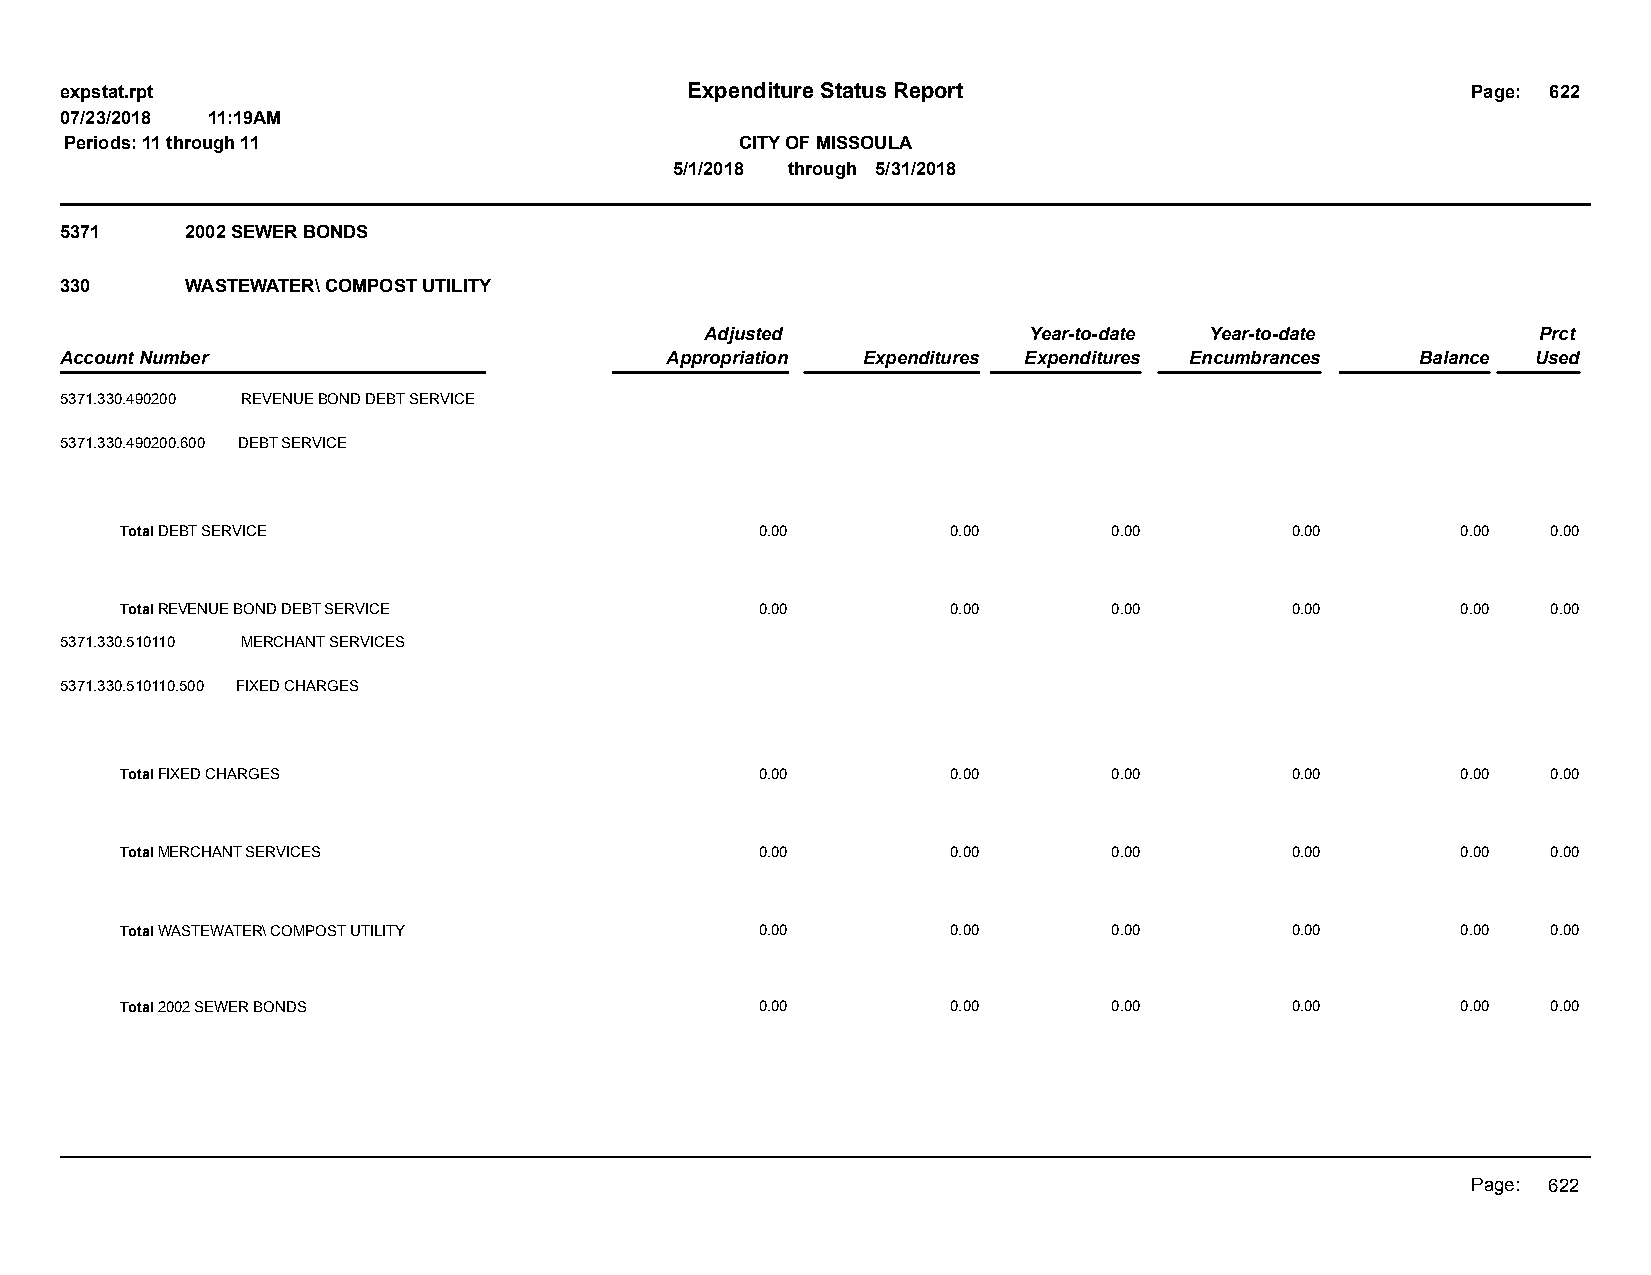
expstat.rpt                              Expenditure Status Report                           Page: 622
 07/23/2018 11:19AM
 Periods: 11 through 11                       CITY OF MISSOULA
 5/1/2018 through 5/31/2018
 5371    2002 SEWER BONDS
 330     WASTEWATER\ COMPOST UTILITY
 Adjusted             Year-to-date Year-to-date         Prct
 Account Number                          Appropriation Expenditures Expenditures Encumbrances Balance Used
 5371.330.490200 REVENUE BOND DEBT SERVICE
 5371.330.490200.600 DEBT SERVICE
 Total DEBT SERVICE                        0.00         0.00       0.00       0.00        0.00  0.00
 Total REVENUE BOND DEBT SERVICE           0.00         0.00       0.00       0.00        0.00  0.00
 5371.330.510110 MERCHANT SERVICES
 5371.330.510110.500 FIXED CHARGES
 Total FIXED CHARGES                       0.00         0.00       0.00       0.00        0.00  0.00
 Total MERCHANT SERVICES                   0.00         0.00       0.00       0.00        0.00  0.00
 Total WASTEWATER\ COMPOST UTILITY         0.00         0.00       0.00       0.00        0.00  0.00
 Total 2002 SEWER BONDS                    0.00         0.00       0.00       0.00        0.00  0.00
 Page: 622